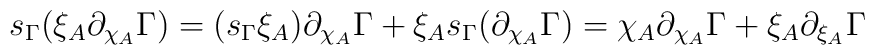
s_{\Gamma} (\xi_A \partial_{\chi_A} \Gamma ) =  (s_{\Gamma} \xi_A ) \partial_{\chi_A} \Gamma + \xi_A s_{\Gamma} (\partial_{\chi_A} \Gamma ) =  \chi_A \partial_{\chi_A} \Gamma + \xi_A \partial_{\xi_A} \Gamma